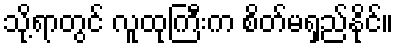
သို့ရာတွင် လူထုကြီးက စိတ်မရှည်နိုင်။